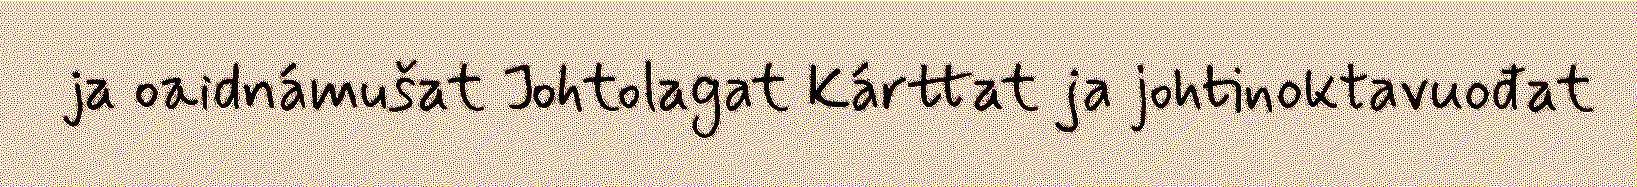
ja oaidnámušat Johtolagat Kárttat ja johtinoktavuođat